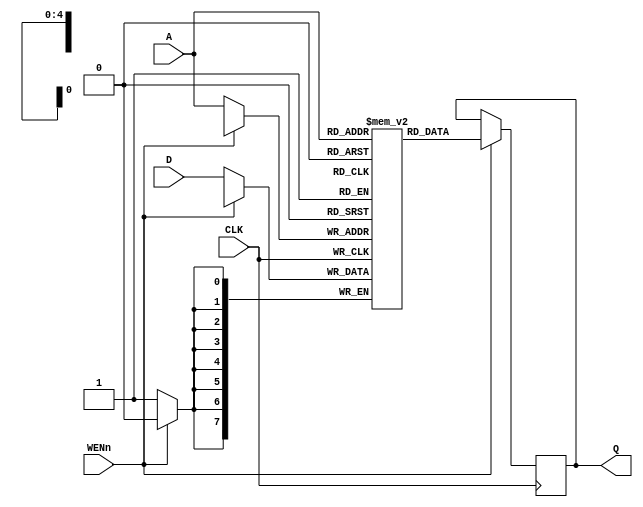
`timescale 1ns / 1ps
module RB1 (Q, CLK, WENn, A, D);
    parameter WORD_WIDTH = 8;
    parameter WORD_DEPTH = 18;
    parameter ADDR_WIDTH = 5;
    
    input CLK, WENn;
    input [ADDR_WIDTH-1:0] A;
    input [WORD_WIDTH-1:0] D;
    output [WORD_WIDTH-1:0] Q;
    
    reg [WORD_WIDTH-1:0] CELL [WORD_DEPTH-1:0];
    reg [WORD_WIDTH-1:0] Q;
    
    always@(posedge CLK)
    if (WENn)
	   Q <= CELL[A];
    else
	   CELL[A] <= D;
    
endmodule